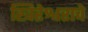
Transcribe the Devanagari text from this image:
खिरेश्वराचे